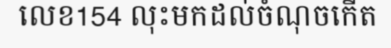
លេខ154 លុះមកដល់ចំណុចកើត